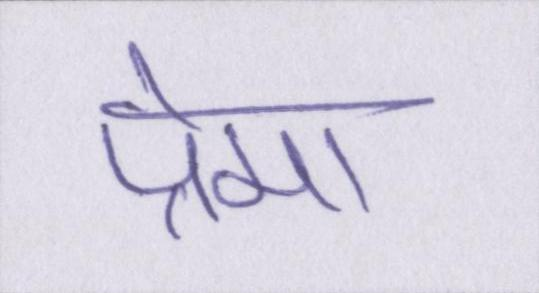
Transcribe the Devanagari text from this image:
प्रेमा